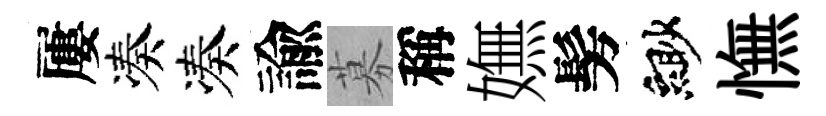
屢凑凑諭募稱嫵髣緲憮